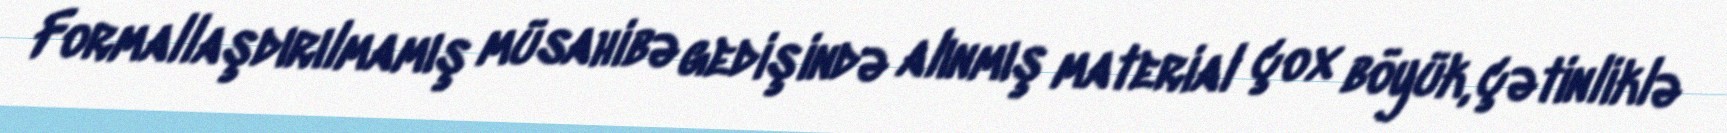
Formallaşdırılmamış müsahibə gedişində alınmış material çox böyük, çətinliklə